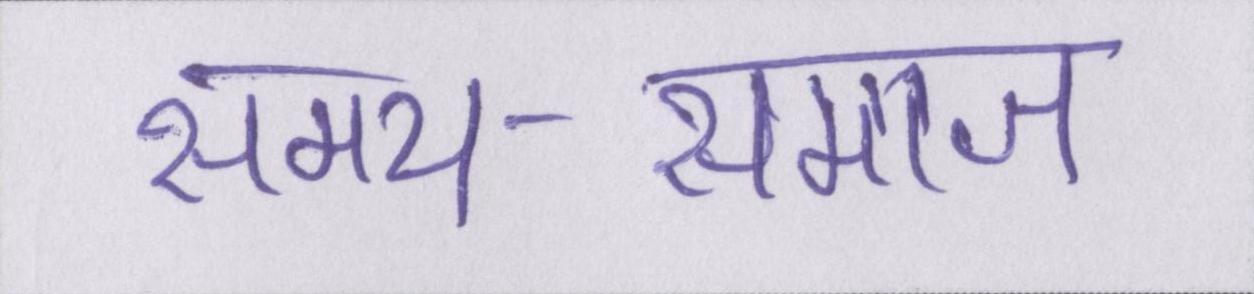
समय-समाज